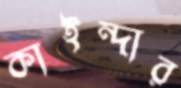
কাইন্দার